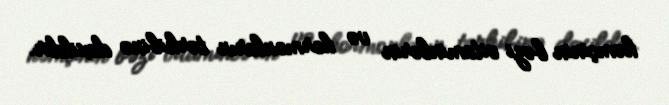
həmçinin bəzi vitaminlərin və hormonların tərkibinə daxildir.